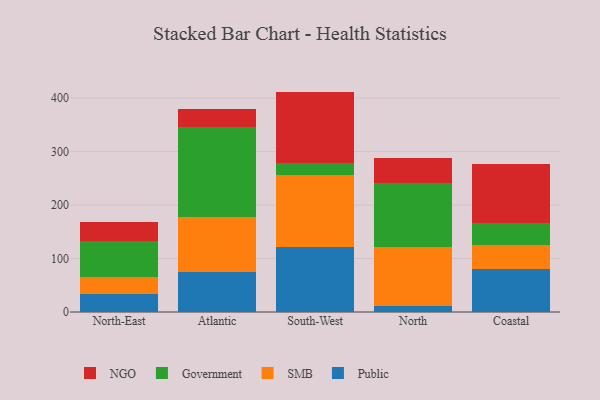
{"axis": {"x": "Region", "y": "Customer Acquisition Cost (USD)"}, "legend": ["Government", "NGO", "Public", "SMB"], "data": [{"x": "North-East", "y": 33.8, "type": "Public"}, {"x": "North-East", "y": 30.9, "type": "SMB"}, {"x": "North-East", "y": 68.4, "type": "Government"}, {"x": "North-East", "y": 35.3, "type": "NGO"}, {"x": "Atlantic", "y": 75.4, "type": "Public"}, {"x": "Atlantic", "y": 102.9, "type": "SMB"}, {"x": "Atlantic", "y": 166.7, "type": "Government"}, {"x": "Atlantic", "y": 34.2, "type": "NGO"}, {"x": "South-West", "y": 121.7, "type": "Public"}, {"x": "South-West", "y": 135.2, "type": "SMB"}, {"x": "South-West", "y": 21.3, "type": "Government"}, {"x": "South-West", "y": 133.9, "type": "NGO"}, {"x": "North", "y": 11.0, "type": "Public"}, {"x": "North", "y": 110.6, "type": "SMB"}, {"x": "North", "y": 118.8, "type": "Government"}, {"x": "North", "y": 47.9, "type": "NGO"}, {"x": "Coastal", "y": 81.1, "type": "Public"}, {"x": "Coastal", "y": 43.6, "type": "SMB"}, {"x": "Coastal", "y": 41.2, "type": "Government"}, {"x": "Coastal", "y": 110.1, "type": "NGO"}]}